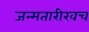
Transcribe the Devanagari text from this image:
जन्मतारीखच